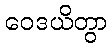
ဝေဒယိတွာ